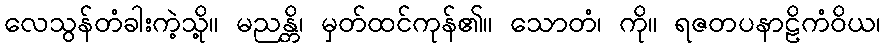
လေသွန်တံခါးကဲ့သို့။ မညန္တိ၊ မှတ်ထင်ကုန်၏။ သောတံ၊ ကို။ ရဇတပနာဠိကံဝိယ၊